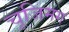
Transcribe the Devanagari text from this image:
चूजिमग